Source: Handwritten
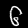
Digit: ၆ (6)